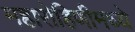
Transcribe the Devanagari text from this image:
महारोहिणीमध्ये